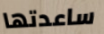
ساعدتها